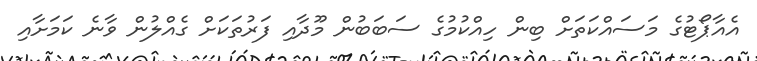
އެއާޕޯޓުގެ މަސައްކަތަށް ބިން ހިއްކުމުގެ ސަބަބުން މޫދާއި ފަރުތަކަށް ގެއްލުން ވާނެ ކަމަށާއި